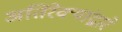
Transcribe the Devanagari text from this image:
अतिरेक्यांद्वारे